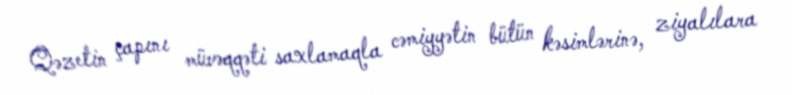
Qəzetin çapını müvəqqəti saxlamaqla cəmiyyətin bütün kəsimlərinə, ziyalılara